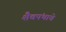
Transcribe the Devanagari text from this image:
शैवपंथाचे